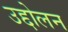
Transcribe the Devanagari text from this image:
उद्दोलन